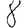
Digit: 8